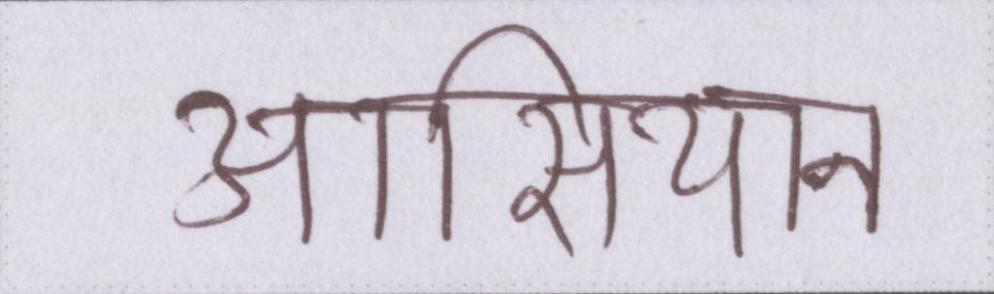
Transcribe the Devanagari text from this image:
आसियान